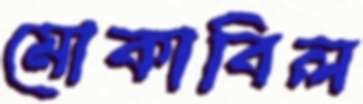
মোকাবিল